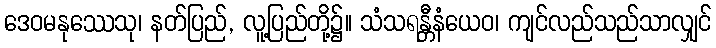
ဒေဝမနုဿေသု၊ နတ်ပြည်, လူ့ပြည်တို့၌။ သံသရန္တီနံယေဝ၊ ကျင်လည်သည်သာလျှင်